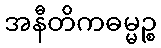
အနီတိကဓမ္မဉ္စ